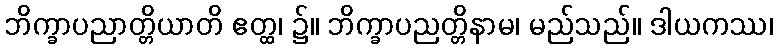
ဘိက္ခာပညာတ္တိယာတိ ဧတ္ထ၊ ၌။ ဘိက္ခာပညတ္တိနာမ၊ မည်သည်။ ဒါယကဿ၊